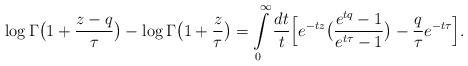
LaTeX: \begin{align*}\log\Gamma\bigl(1+\frac{z-q}{\tau}\bigr) - \log\Gamma\bigl(1+\frac{z}{\tau}\bigr) = \int\limits_{0}^\infty \frac{dt}{t}\Bigl[ e^{-tz}\bigl(\frac{e^{tq}-1}{e^{t\tau}-1}\bigr) - \frac{q}{\tau} e^{-t\tau}\Bigr].\end{align*}